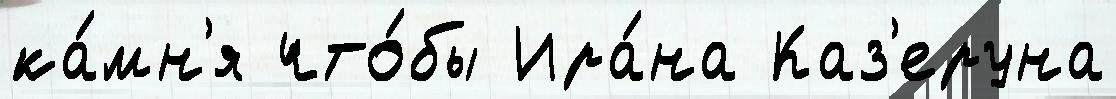
ка́мн'я что́бы Ира́на Каз'еруна